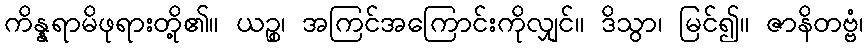
ကိန္နရာမိဖုရားတို့၏။ ယဉ္စ၊ အကြင်အကြောင်းကိုလျှင်။ ဒိသွာ၊ မြင်၍။ ဇာနိတဗ္ဗံ၊